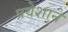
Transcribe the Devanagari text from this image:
प्रवेशाने